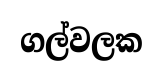
ගල්වලක